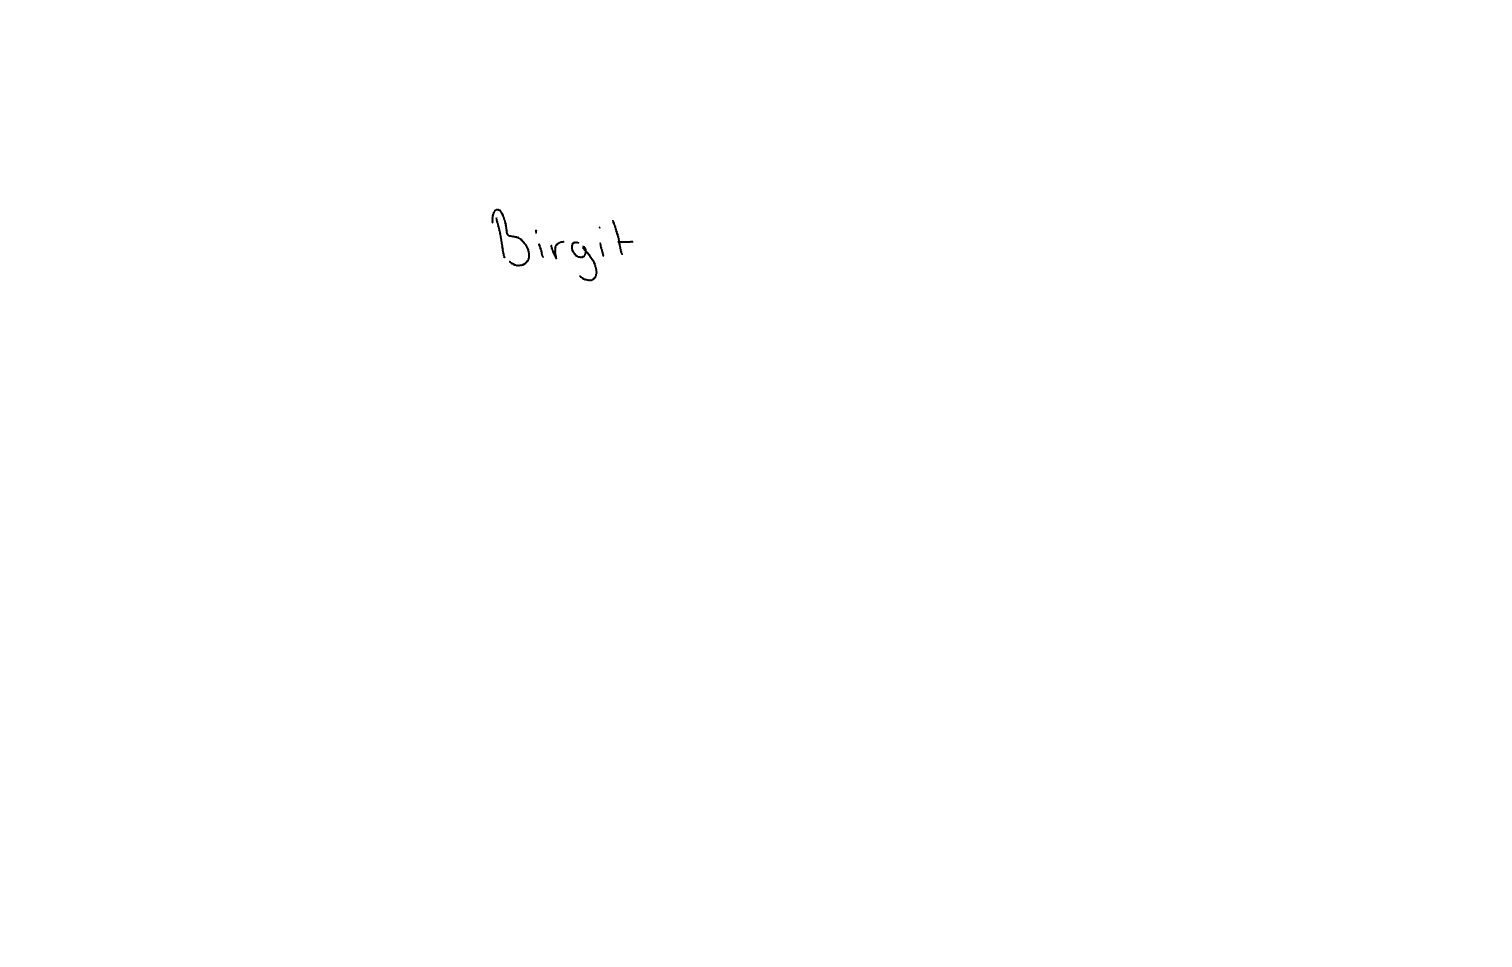
Text: Birgit